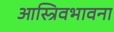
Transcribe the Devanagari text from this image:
आस्त्रिवभावना